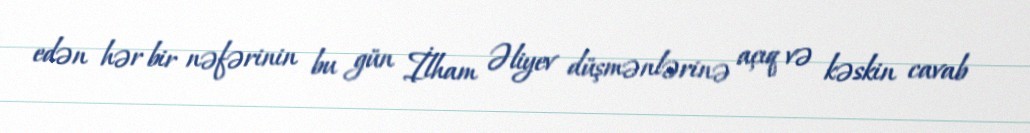
edən hər bir nəfərinin bu gün İlham Əliyev düşmənlərinə açıq və kəskin cavab